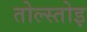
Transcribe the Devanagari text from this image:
तोल्स्तोइ